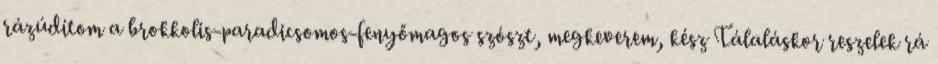
rázúdítom a brokkolis-paradicsomos-fenyőmagos szószt, megkeverem, kész Tálaláskor reszelek rá